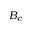
B _ { c }